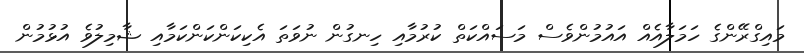
މައިގްރޭންގެ ހަމަލާއެއް އައުމުންވެސް މަސައްކަތް ކުރުމާއި ހިނގުން ނުވަތަ އެކިކަންކަންކަމާއި ޝާމިލުވެ އުޅުމުން